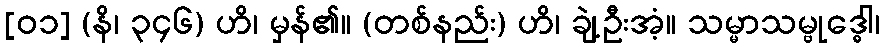
[၀၁] (နိ၊ ၃၄၆) ဟိ၊ မှန်၏။ (တစ်နည်း) ဟိ၊ ချဲ့ဦးအံ့။ သမ္မာသမ္ဗုဒ္ဓေါ၊